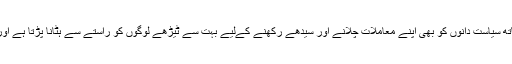
سفید کالر اور کپڑوں والے جرائم پیشہ عناصر کے ساتھ سیاست دانوں کو بھی اپنے معاملات چلانے اور سیدھے رکھنے کےلیے بہت سے ٹیڑھے لوگوں کو راستے سے ہٹانا پڑتا ہے اور اس کام کےلیے انہیں پولیس سے مدد لینی پڑتی ہے۔